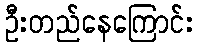
ဦးတည်နေကြောင်း